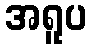
အရူပ